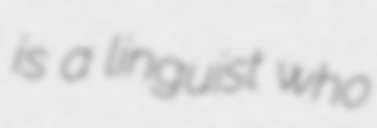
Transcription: is a linguist who